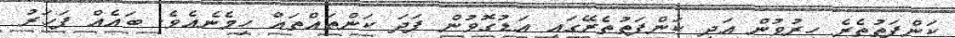
ކަންފަތުތެރެ ހިރުވުން އަދި ކަންފަތުތެރޭގައި އަޑުގޮވުން ފަދަ ކަންތައްތައް ހިމެނެއެވެ. ބައެއް ފަހަރު